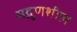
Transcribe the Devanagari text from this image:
सद्गुणशील